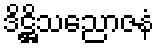
ဒိဋ္ဌိသညောဇနံ